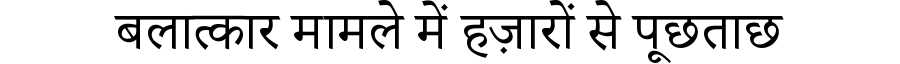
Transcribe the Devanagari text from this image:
बलात्कार मामले में हज़ारों से पूछताछ